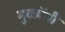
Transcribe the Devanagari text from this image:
मुळ्येंनी